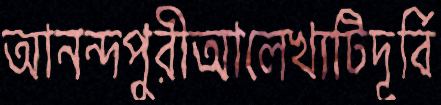
আনন্দপুরীআলেখ্যটিদূর্বি